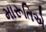
મારૂતિએ